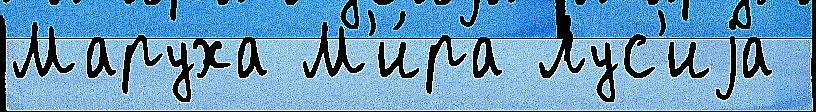
Маруха М'и́ра Лус'иjа